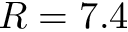
R = 7 . 4